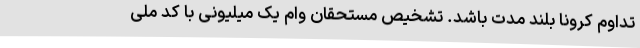
تداوم کرونا بلند مدت باشد. تشخیص مستحقان وام یک میلیونی با کد ملی